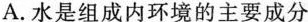
A.水是组成内环境的主要成分